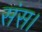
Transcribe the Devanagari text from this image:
संस।